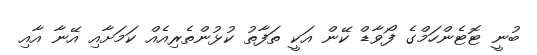
ބުނީ ޓޮޓެންހަމްގެ ފޯވާޑް ކޭން އަކީ ތަފާތު ކުޅުންތެރިއެއް ކަމަށާއި އޭނާ އާއި